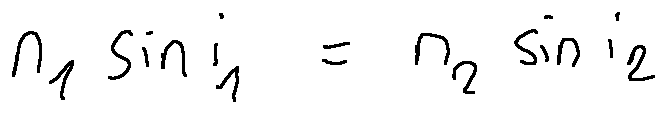
n _ { 1 } \sin i _ { 1 } = n _ { 2 } \sin i _ { 2 }